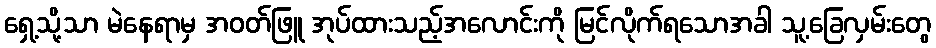
ရှေ့သို့သာ မဲနေရာမှ အဝတ်ဖြူ အုပ်ထားသည့်အလောင်းကို မြင်လိုက်ရသောအခါ သူ့ခြေလှမ်းတွေ